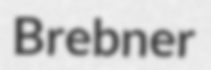
Brebner